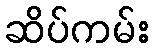
ဆိပ်ကမ်း